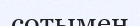
сотымен